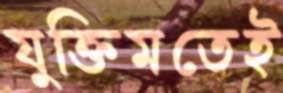
যুক্তিমতেই